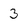
Character: 3